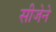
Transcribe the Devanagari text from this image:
सीजेने